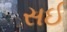
સઈ